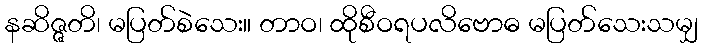
နဆိဇ္ဇတိ၊ မပြတ်စဲသေး။ တာဝ၊ ထိုစီဝရပလိဗောဓ မပြတ်သေးသမျှ